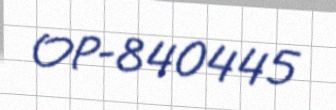
OP-840445